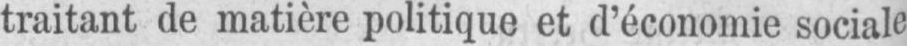
traitant de matière politique et d’économie sociale